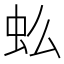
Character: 𰲪